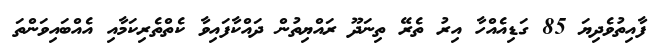
ފާއިތުވެދިޔަ 85 ގަޑިއެއްހާ އިރު ތެރޭ ތިނަދޫ ރައްޔިތުން ދައްކާފައިވާ ކެތްތެރިކަމާއި އެއްބައިވަންތަ